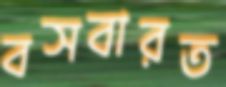
বসবারত